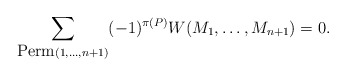
\begin{align*}\sum_{\hbox{Perm}(1,\dots,n+1)}(-1)^{\pi(P)}W(M_1,\dots,M_{n+1})=0.\end{align*}